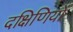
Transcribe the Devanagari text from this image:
दक्षिणियों